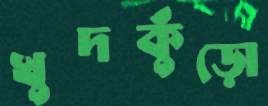
খুদকুঁড়ো